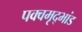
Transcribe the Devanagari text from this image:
पक्वमृद्भांड